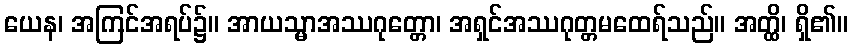
ယေန၊ အကြင်အရပ်၌။ အာယသ္မာအဿဂုတ္တော၊ အရှင်အဿဂုတ္တမထေရ်သည်။ အတ္ထိ၊ ရှိ၏။